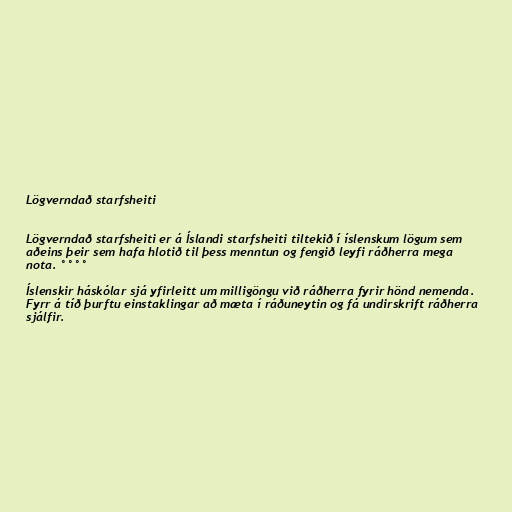
Lögverndað starfsheiti

Lögverndað starfsheiti er á Íslandi starfsheiti tiltekið í íslenskum lögum sem
aðeins þeir sem hafa hlotið til þess menntun og fengið leyfi ráðherra mega
nota. °°°°

Íslenskir háskólar sjá yfirleitt um milligöngu við ráðherra fyrir hönd nemenda.
Fyrr á tíð þurftu einstaklingar að mæta í ráðuneytin og fá undirskrift ráðherra
sjálfir.